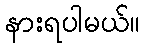
နားရပါမယ်။